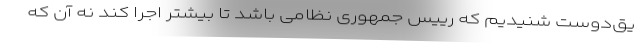
یق‌دوست شنیدیم که رییس جمهوری نظامی باشد تا بیشتر اجرا کند نه آن که